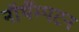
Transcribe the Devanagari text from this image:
नॉर्थैम्पटन